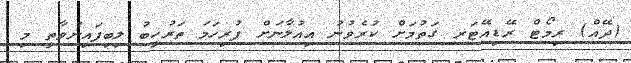
(ދޭއް) ރިމޯޓް ރޭޑިއޭޓަރ ގަތުމަށް ކުރެވުނު އިއުލާނަށް ފުރިހަމަ ތަރުހީބު ލިބިފައިނުވާތީ މި